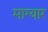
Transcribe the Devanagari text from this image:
माग्यार